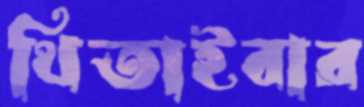
থিতাইবার